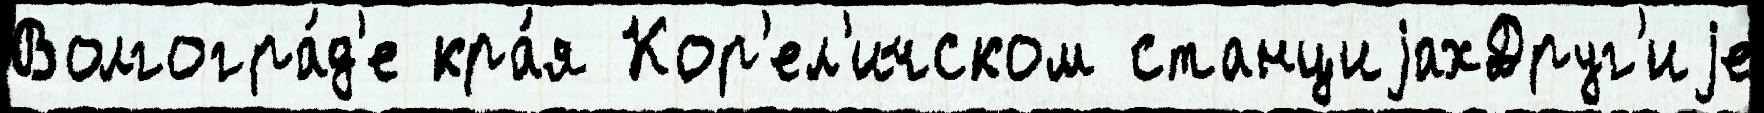
Волгогра́д'е кра́я Кор'ел'ичском станциjахДруг'иjе